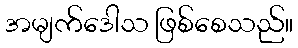
အမျက်ဒေါသ ဖြစ်စေသည်။